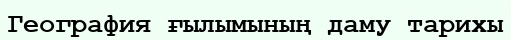
География ғылымының даму тарихы